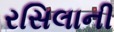
રસિલાની